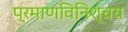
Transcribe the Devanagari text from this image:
प्रमाणविनिश्चय